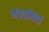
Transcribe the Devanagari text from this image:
मेकडॉनल्ड